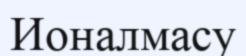
Ионалмасу